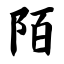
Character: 陌